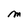
Character: M